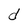
Character: d